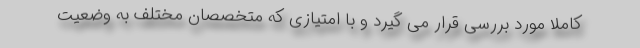
کاملا مورد بررسی قرار می گیرد و با امتیازی که متخصصان مختلف به وضعیت